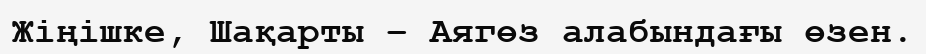
Жіңішке, Шақарты – Аягөз алабындағы өзен.